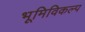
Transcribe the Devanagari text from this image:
भूमिविकल्प